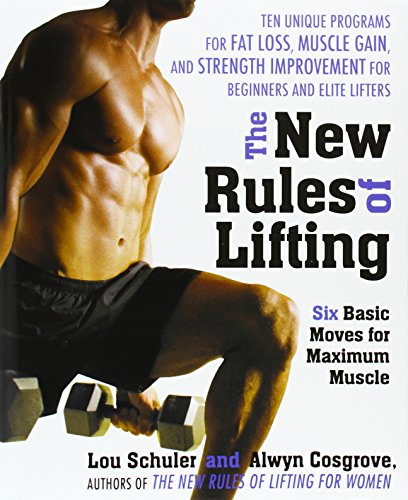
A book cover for The New Rules of Lifting: Six Basic Moves for Maximum Muscle; Lou Schuler; Health, Fitness & Dieting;